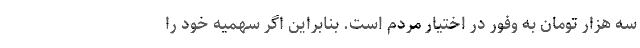
سه هزار تومان به وفور در اختیار مردم است. بنابراین اگر سهمیه خود را